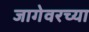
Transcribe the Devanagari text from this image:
जागेवरच्या